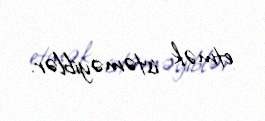
etmək istəməyiblər.